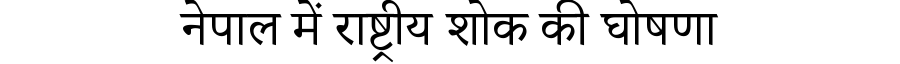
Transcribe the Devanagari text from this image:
नेपाल में राष्ट्रीय शोक की घोषणा